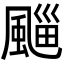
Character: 𩗮